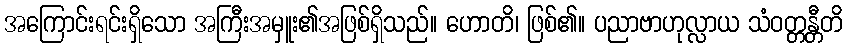
အကြောင်းရင်းရှိသော အကြီးအမှူး၏အဖြစ်ရှိသည်။ ဟောတိ၊ ဖြစ်၏။ ပညာဗာဟုလ္လာယ သံဝတ္တန္တီတိ